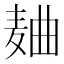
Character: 𱋐